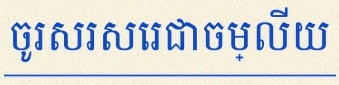
ចូរសរសេរជាចម្លើយ